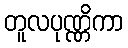
တူလပုဏ္ဏိကာ